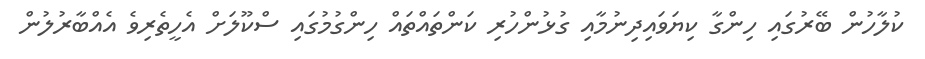
ކުލާހުން ބޭރުގައި ހިންގާ ކިޔަވައިދިނުމާއި ގުޅުންހުރި ކަންތައްތައް ހިންގުމުގައި ސްކޫލަށް އެހީތެރިވެ އެއްބާރުލުން